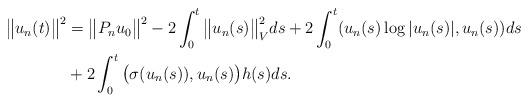
LaTeX: \begin{align*}\big\|u_n(t)\big\|^2&=\big\|P_nu_0\big\|^2-2\int_{0}^{t}\big\|u_n(s)\big\|_V^2ds+2\int_{0}^{t}(u_n(s)\log|u_n(s)|,u_n(s))ds\\&+2\int_{0}^{t}\big(\sigma(u_n(s)),u_n(s)\big)h(s)ds.\end{align*}